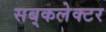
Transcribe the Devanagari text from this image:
सब्‌कलेक्टर